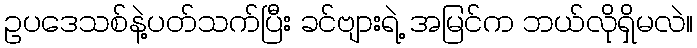
ဥပဒေသစ်နဲ့ပတ်သက်ပြီး ခင်ဗျားရဲ့ အမြင်က ဘယ်လိုရှိမလဲ။